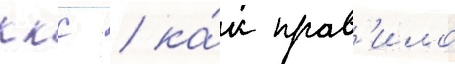
ккс / ка́к прав'ило